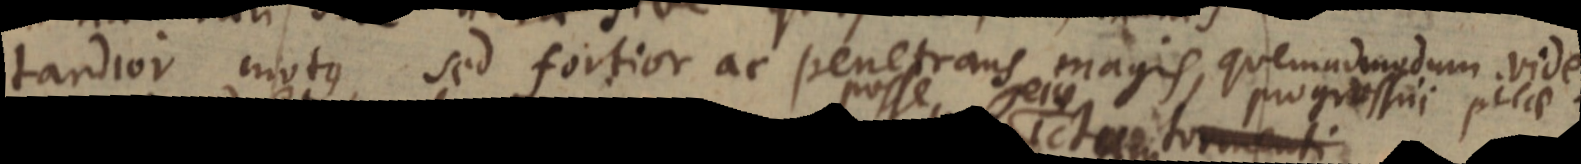
tardior motus, sed fortior ac penetrans magis, quemadmodum vide